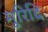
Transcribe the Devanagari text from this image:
मुरिदि